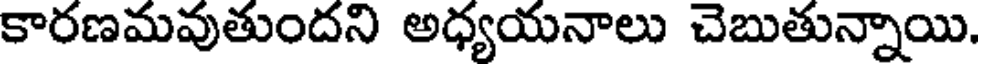
కారణమవుతుందని అధ్యయనాలు చెబుతున్నాయి.